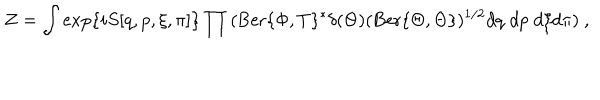
Z = \int \exp \{ i S [ q , p , \xi , \pi ] \} \prod { ( \mathrm { B e r } \{ \Phi , T \} ^ { * } \delta ( \Theta ) ( \mathrm { B e r } \{ \Theta , \Theta \} ) ^ { 1 / 2 } d q \; d p \; d \xi d \pi } ) \ ,